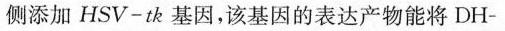
侧添加HSV-tk基因，该基因的表达产物能将DH-